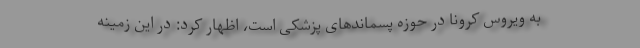
به ویروس کرونا در حوزه پسماند‌های پزشکی است، اظهار کرد: در این زمینه